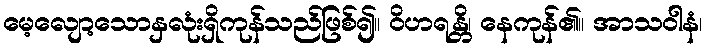
မေ့လျော့သောနှလုံးရှိကုန်သည်ဖြစ်၍။ ဝိဟရန္တိ၊ နေကုန်၏။ အာသဝါနံ၊